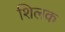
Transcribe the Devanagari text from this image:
शिलक